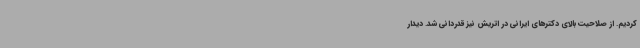
کردیم. از صلاحیت بالای دکترهای ایرانی در اتریش نیز قدردانی شد. دیدار